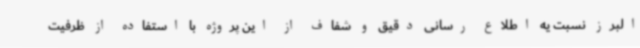
البرز نسبت یه اطلاع رسانی دقیق و شفاف از این پروژه با استفاده از ظرفیت